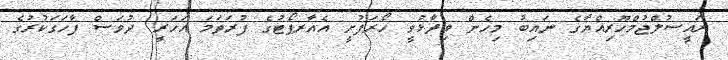
ރައީސުލްޖުމްހޫރިއްޔާގެ ނައިބު މިހެން ވިދާޅުވީ ހޯރަފުށީ އެއާރޕޯޓުގެ ފުރަތަމަ އަހަރީ ދުވަސް ފާހަގަކުރުގެ